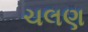
ચલણ